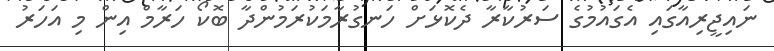
ނައިޖީރިއާގައި އެގައުމުގެ ސަރުކާރާ ދެކޮޅަށް ހަނގުރާމަކުރަމުންދާ ބޮކޯ ހަރާމް އިން މި އަހަރު